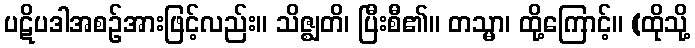
ပဋိပဒါအစဉ်အားဖြင့်လည်း။ သိဇ္ဈတိ၊ ပြီးစီ၏။ တသ္မာ၊ ထို့ကြောင့်။ (ထိုသို့